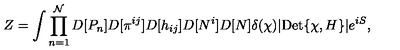
Z = \int \prod _ { n = 1 } ^ { \mathcal { N } } D [ P _ { n } ] D [ \pi ^ { i j } ] D [ h _ { i j } ] D [ N ^ { i } ] D [ N ] \delta ( \chi ) | \mathrm { D e t } \{ \chi , H \} | e ^ { i S } ,